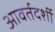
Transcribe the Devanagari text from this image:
आवर्तदर्शी